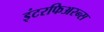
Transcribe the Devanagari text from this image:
इंटरफिअरन्स